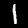
Digit: 1